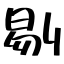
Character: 剔